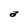
Character: a